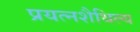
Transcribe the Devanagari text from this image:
प्रयत्नशैथिल्य